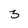
Character: 3